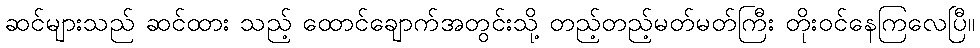
ဆင်များသည် ဆင်ထား သည့် ထောင်ချောက်အတွင်းသို့ တည့်တည့်မတ်မတ်ကြီး တိုးဝင်နေကြလေပြီ။